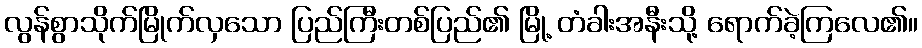
လွန်စွာသိုက်မြိုက်လှသော ပြည်ကြီးတစ်ပြည်၏ မြို့ တံခါးအနီးသို့ ရောက်ခဲ့ကြလေ၏။